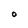
Character: O